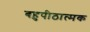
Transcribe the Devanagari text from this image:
बहुपीठात्मक